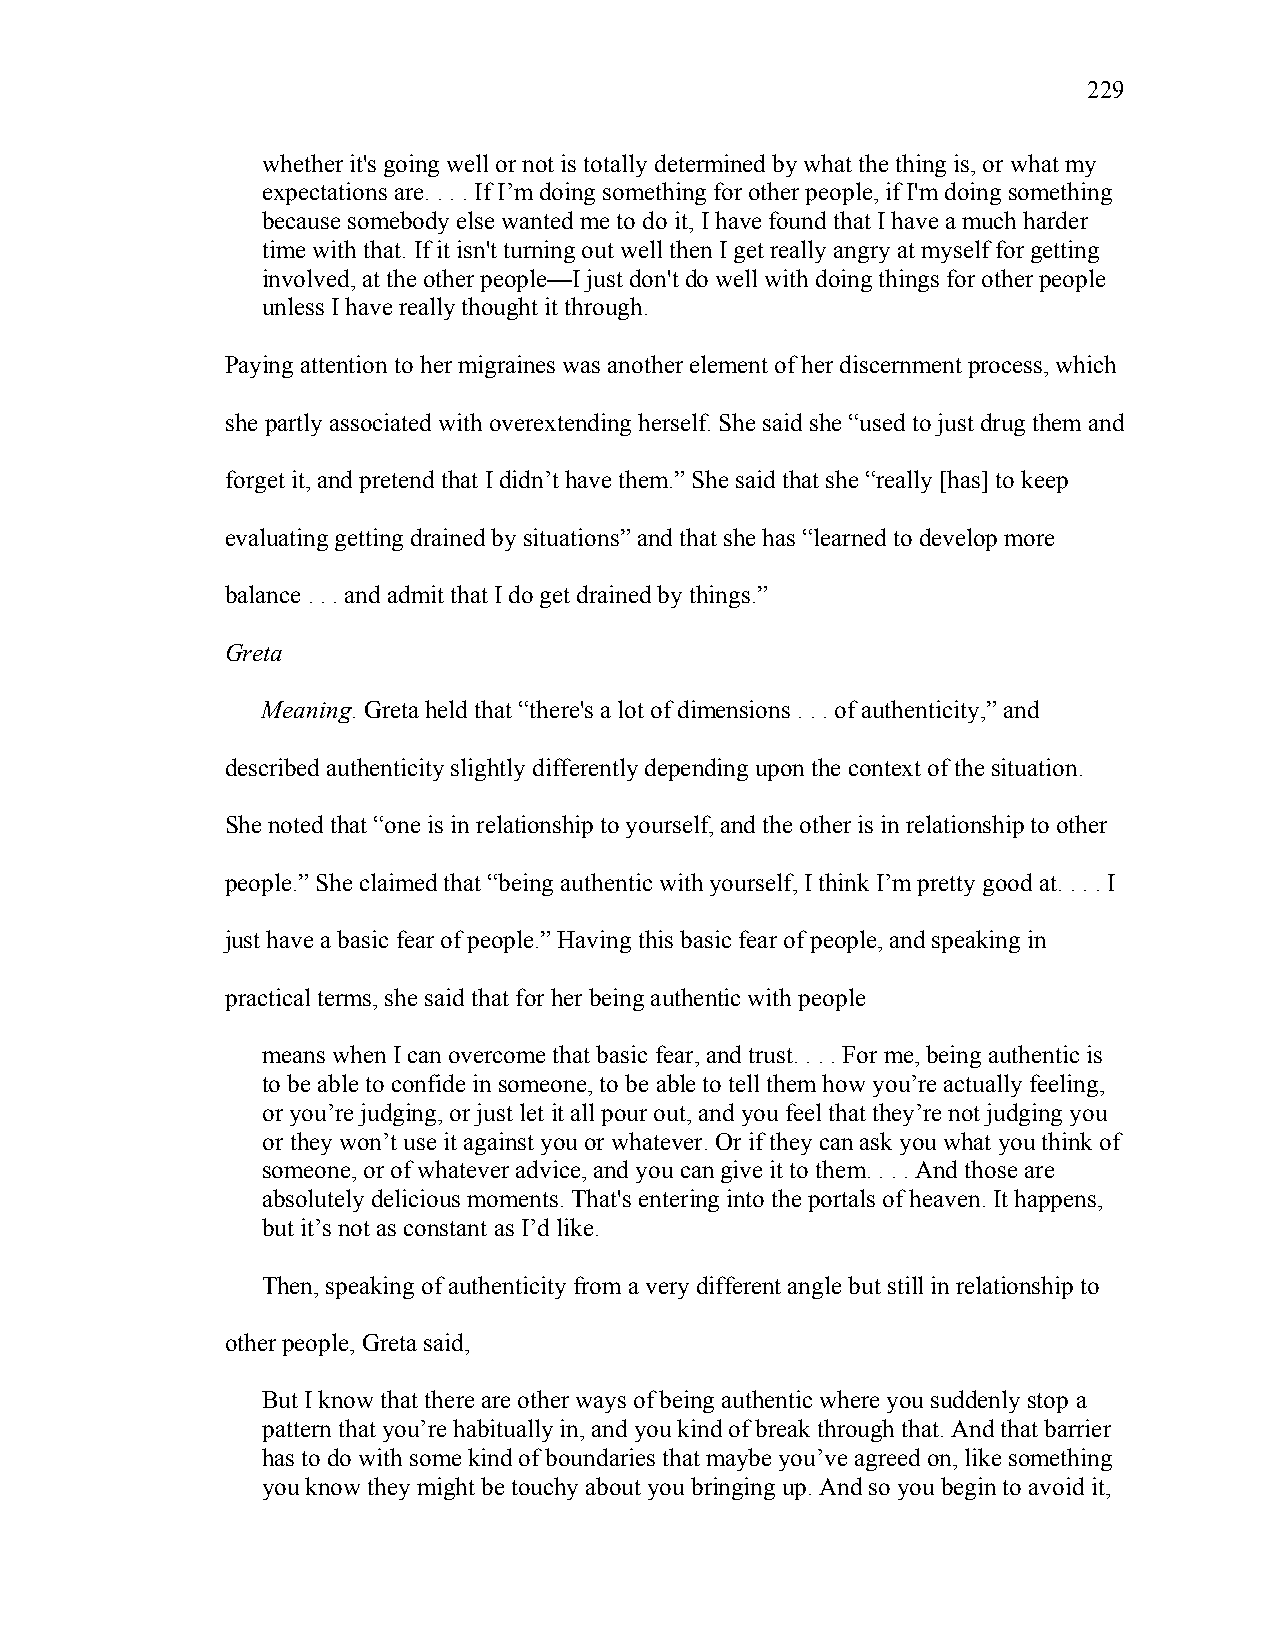
229
 whether it's going well or not is totally determined by what the thing is, or what my
 expectations are. . . . If I’m doing something for other people, if I'm doing something
 because somebody else wanted me to do it, I have found that I have a much harder
 time with that. If it isn't turning out well then I get really angry at myself for getting
 involved, at the other people—I just don't do well with doing things for other people
 unless I have really thought it through.
 Paying attention to her migraines was another element of her discernment process, which
 she partly associated with overextending herself. She said she “used to just drug them and
 forget it, and pretend that I didn’t have them.” She said that she “really [has] to keep
 evaluating getting drained by situations” and that she has “learned to develop more
 balance . . . and admit that I do get drained by things.”
 Greta
 Meaning. Greta held that “there's a lot of dimensions . . . of authenticity,” and
 described authenticity slightly differently depending upon the context of the situation.
 She noted that “one is in relationship to yourself, and the other is in relationship to other
 people.” She claimed that “being authentic with yourself, I think I’m pretty good at. . . . I
 just have a basic fear of people.” Having this basic fear of people, and speaking in
 practical terms, she said that for her being authentic with people
 means when I can overcome that basic fear, and trust. . . . For me, being authentic is
 to be able to confide in someone, to be able to tell them how you’re actually feeling,
 or you’re judging, or just let it all pour out, and you feel that they’re not judging you
 or they won’t use it against you or whatever. Or if they can ask you what you think of
 someone, or of whatever advice, and you can give it to them. . . . And those are
 absolutely delicious moments. That's entering into the portals of heaven. It happens,
 but it’s not as constant as I’d like.
 Then, speaking of authenticity from a very different angle but still in relationship to
 other people, Greta said,
 But I know that there are other ways of being authentic where you suddenly stop a
 pattern that you’re habitually in, and you kind of break through that. And that barrier
 has to do with some kind of boundaries that maybe you’ve agreed on, like something
 you know they might be touchy about you bringing up. And so you begin to avoid it,